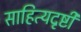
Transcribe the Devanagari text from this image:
साहित्यदृष्टी